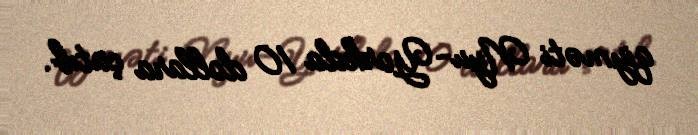
qiyməti Nyu-Yorkda 10 dollara çatıb.